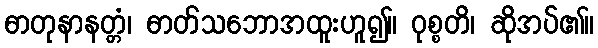
ဓာတုနာနတ္တံ၊ ဓာတ်သဘောအထူးဟူ၍။ ဝုစ္စတိ၊ ဆိုအပ်၏။